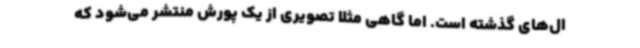
ال‌های گذشته است. اما گاهی مثلا تصویری از یک پورش منتشر می‌شود که